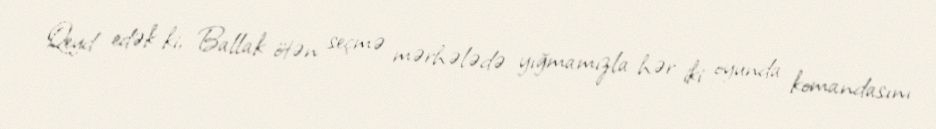
Qeyd edək ki, Ballak ötən seçmə mərhələdə yığmamızla hər iki oyunda komandasını